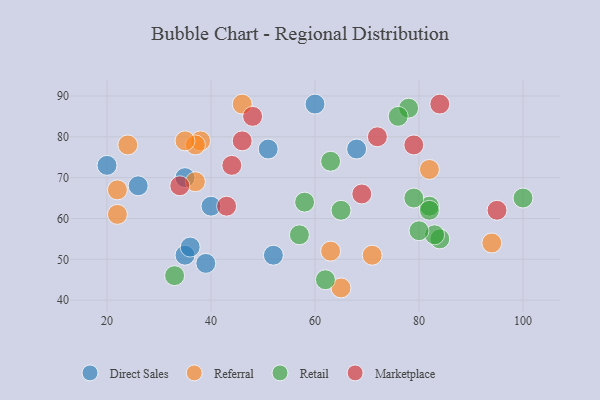
{"axis": {"x": "GDP", "y": "Life Expectancy"}, "legend": ["Direct Sales", "Marketplace", "Referral", "Retail"], "data": [{"x": "68", "y": 77, "type": "Direct Sales"}, {"x": "35", "y": 51, "type": "Direct Sales"}, {"x": "36", "y": 53, "type": "Direct Sales"}, {"x": "35", "y": 70, "type": "Direct Sales"}, {"x": "20", "y": 73, "type": "Direct Sales"}, {"x": "40", "y": 63, "type": "Direct Sales"}, {"x": "51", "y": 77, "type": "Direct Sales"}, {"x": "60", "y": 88, "type": "Direct Sales"}, {"x": "52", "y": 51, "type": "Direct Sales"}, {"x": "39", "y": 49, "type": "Direct Sales"}, {"x": "26", "y": 68, "type": "Direct Sales"}, {"x": "82", "y": 72, "type": "Referral"}, {"x": "46", "y": 88, "type": "Referral"}, {"x": "37", "y": 69, "type": "Referral"}, {"x": "65", "y": 43, "type": "Referral"}, {"x": "38", "y": 79, "type": "Referral"}, {"x": "37", "y": 78, "type": "Referral"}, {"x": "94", "y": 54, "type": "Referral"}, {"x": "22", "y": 61, "type": "Referral"}, {"x": "35", "y": 79, "type": "Referral"}, {"x": "24", "y": 78, "type": "Referral"}, {"x": "63", "y": 52, "type": "Referral"}, {"x": "71", "y": 51, "type": "Referral"}, {"x": "22", "y": 67, "type": "Referral"}, {"x": "33", "y": 46, "type": "Retail"}, {"x": "78", "y": 87, "type": "Retail"}, {"x": "82", "y": 63, "type": "Retail"}, {"x": "84", "y": 55, "type": "Retail"}, {"x": "100", "y": 65, "type": "Retail"}, {"x": "65", "y": 62, "type": "Retail"}, {"x": "82", "y": 62, "type": "Retail"}, {"x": "76", "y": 85, "type": "Retail"}, {"x": "79", "y": 65, "type": "Retail"}, {"x": "57", "y": 56, "type": "Retail"}, {"x": "62", "y": 45, "type": "Retail"}, {"x": "58", "y": 64, "type": "Retail"}, {"x": "83", "y": 56, "type": "Retail"}, {"x": "80", "y": 57, "type": "Retail"}, {"x": "63", "y": 74, "type": "Retail"}, {"x": "34", "y": 68, "type": "Marketplace"}, {"x": "43", "y": 63, "type": "Marketplace"}, {"x": "84", "y": 88, "type": "Marketplace"}, {"x": "72", "y": 80, "type": "Marketplace"}, {"x": "48", "y": 85, "type": "Marketplace"}, {"x": "95", "y": 62, "type": "Marketplace"}, {"x": "79", "y": 78, "type": "Marketplace"}, {"x": "69", "y": 66, "type": "Marketplace"}, {"x": "46", "y": 79, "type": "Marketplace"}, {"x": "44", "y": 73, "type": "Marketplace"}]}